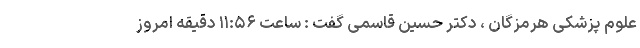
علوم پزشکی هرمزگان ، دکتر حسین قاسمی گفت : ساعت ۱۱:۵۶ دقیقه امروز